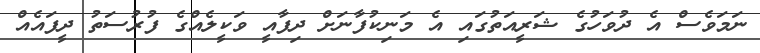
ނަމަވެސް އެ ދުވަހުގެ ޝަރީއަތުގައި އެ މަނިކުފާނަށް ދިފާއީ ވަކީލެއްގެ ފުރުސަތު ދީފައެއް